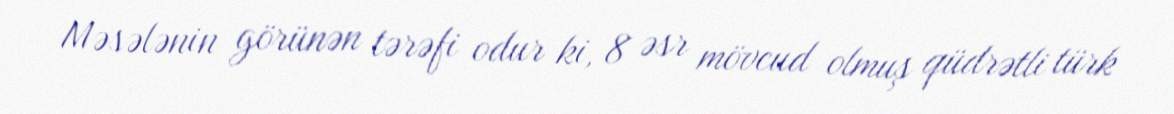
Məsələnin görünən tərəfi odur ki, 8 əsr mövcud olmuş qüdrətli türk